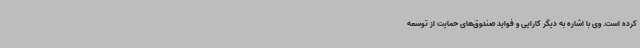
کرده است. وی با اشاره به دیگر کارایی و فواید صندوق‌های حمایت از توسعه